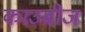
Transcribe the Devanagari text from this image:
काउब्रीज